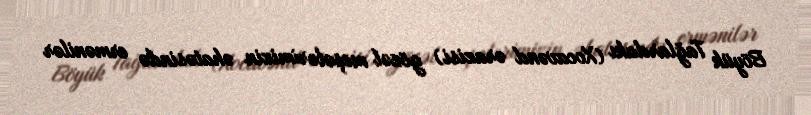
Böyük Tağlardakı (Xocavənd ərazisi) gözəl meşələrimizin əhatəsində ermənilər